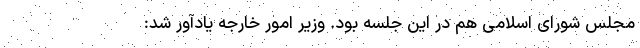
مجلس شورای اسلامی هم در این جلسه بود. وزیر امور خارجه یادآور شد: